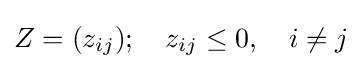
Z=(z_{ij});\quad z_{ij}\leq 0,\quad i\neq j